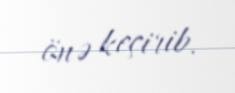
önə keçirib.